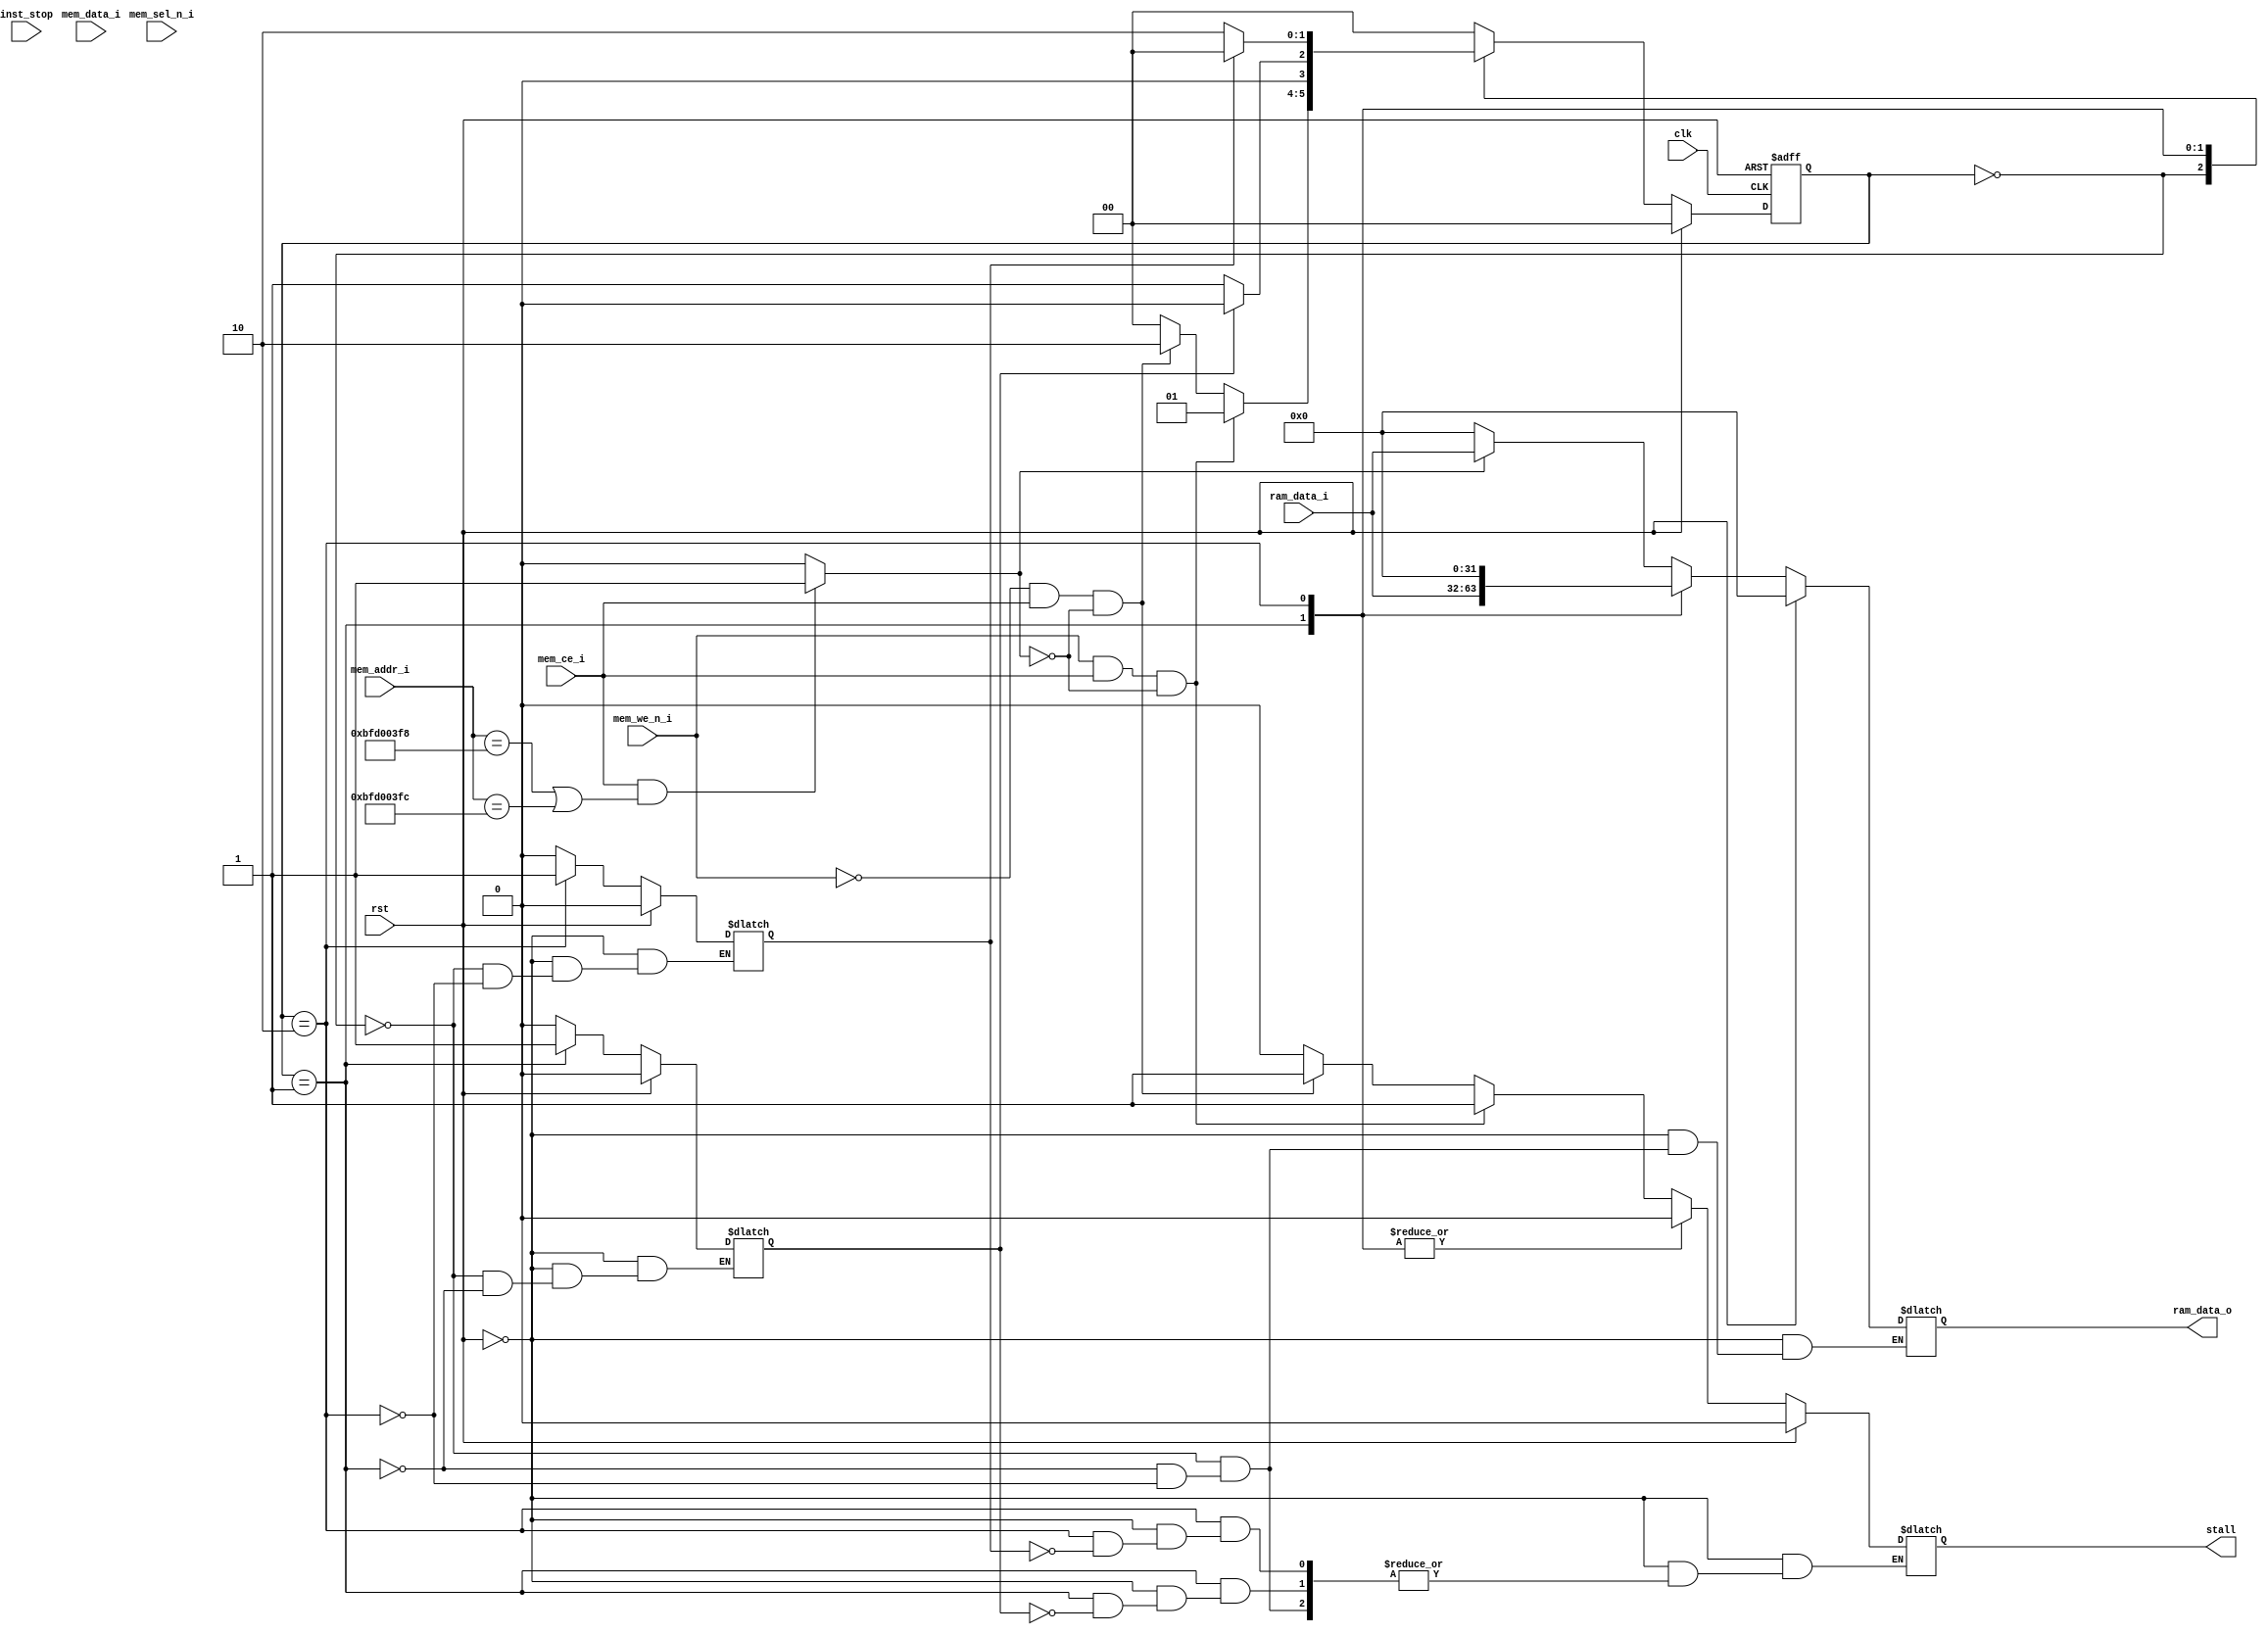
//  
// : dcache
// : 1.0
//////////////////////////////////////////////////////////////////////
`define ZeroWord 32'h00000000

module dcache(
    //
    input wire clk,
    input wire rst,
//cpu
//mem
    output   reg[31:0]   ram_data_o,        //
    input    wire[31:0]  mem_addr_i,        //
    input    wire[31:0]  mem_data_i,        //
    input    wire        mem_we_n_i,          //
    input    wire[3:0]   mem_sel_n_i,         //
    input    wire        mem_ce_i,          //

    input    wire        inst_stop,
    
    output   reg         stall,
//sram
    input     wire[31:0] ram_data_i        //

);
//dcache
//
//
//sram
//(
//cachesram


//cache32*321K=128B
//2,cache5
//basesram4MB22
//tag 23-5-2=16
//valid 1
parameter Cache_Num = 32;
parameter Tag = 16;
parameter Cache_Index = 5;
parameter Block_Offset = 2;
 reg[31:0] cache_mem[0:Cache_Num-1];//cache memory
 reg[Tag-1:0] cache_tag[0:Cache_Num-1];//cache tag
 reg[3:0]     cache_valid[Cache_Num-1:0] ;//cache valid
 //reg[Cache_Num-1:0]        cache_dirty;//

//
parameter IDLE=0;//
parameter READ_SRAM=1;
parameter WRITE_SRAM=2;

reg[1:0] state,next_state;

always@(posedge clk,posedge rst)begin
    if(rst)begin
        state<=IDLE;
    end else begin
        state<=next_state;
    end
end
//
wire uart_req = (mem_ce_i & ((mem_addr_i == 32'hbfd003f8)|(mem_addr_i == 32'hbfd003fc)))?1'b1:1'b0;

//read
//hit()
wire [Tag-1:0] ram_tag_i = mem_addr_i[22:7];//ram tag
wire [Cache_Index-1:0]  ram_cache_i = mem_addr_i[6:2];//ram cache block addr


//wire hit =(mem_we_n_i)&&(state==IDLE)?(cache_valid[ram_cache_i]==~mem_sel_n_i)&&(cache_tag[ram_cache_i]==ram_tag_i)&&mem_ce_i:1'b0;//tagvalid=1
wire hit = 1'b0;
//wire[31:0] data = cache_mem[ram_cache_i];
//writebuffer
reg[31:0]cache_wb;
reg cache_wb_vaild;


//
//reg sram_ready;
//wire wr_en;
//wire[63:0] wb_data;
//wire[63:0]dout;
//wire rd_en = sram_ready;
//wire full;
//wire empty;

//fifo_generator_0 writebuffer (
//  .clk(clk),      // input wire clk
//  .srst(rst),    // input wire srst
//  .din(wb_data),      // input wire [63 : 0] din
//  .wr_en(wr_en),  // input wire wr_en
//  .rd_en(rd_en),  // input wire rd_en
//  .dout(dout),    // output wire [63 : 0] dout
//  .full(full),    // output wire full
//  .empty(empty)  // output wire empty
//);



//reg[31:0]  mem_addr_i_r;       //
//reg[31:0]  mem_data_i_r;        //
//reg mem_we_n_i_r;          //
//reg[3:0]   mem_sel_n_i_r;         //
//reg        mem_ce_i_r;          //
//reg [Tag-1:0] ram_tag_i_r;
//reg [Cache_Index-1:0]  ram_cache_i_r;

reg finish_read;
reg finish_write;

integer i;
reg[63:0] wb_data_r;
always@(*)begin
    if(rst)begin
        for(i=0 ; i < 32 ; i=i+1)begin
                    cache_mem[i] = 32'b0;
                    cache_tag[i] = 16'b0;
                    cache_valid[i] = 4'b0;
                end  
        finish_read = 1'b0;
        finish_write = 1'b0;
        ram_data_o = `ZeroWord;       //
    end else begin
        case(state)
        IDLE:begin
            finish_read = 1'b0;
            finish_write = 1'b0;
            //cache
            if(hit&&!uart_req)begin
                ram_data_o = cache_mem[ram_cache_i];
            end else if(uart_req)begin
                ram_data_o = ram_data_i;                
            end else begin
                ram_data_o = 32'b0;
            end
            //cache
            
        end
        READ_SRAM: begin      
            //sram 
            ram_data_o = ram_data_i;       // 
            finish_read = 1'b1;         
            //cache
 //           if(!uart_req)begin         
            cache_mem[ram_cache_i] = ram_data_i;
            cache_valid[ram_cache_i] = ~mem_sel_n_i;
            cache_tag[ram_cache_i] = ram_tag_i;//cache tag
  //          end else begin end
        end
        WRITE_SRAM:begin    
            //SRAM
            ram_data_o = 32'b0;           
            finish_write = 1'b1;   
            //cache
   //         if(!uart_req)begin
                if(cache_valid[ram_cache_i]!=~mem_sel_n_i&&cache_valid[ram_cache_i]!=4'b0)begin
                case(mem_sel_n_i)
                    4'b0000:begin 
                        cache_mem[ram_cache_i] =  mem_data_i;
                        cache_valid[ram_cache_i] = 4'b1111;
                     end
                    4'b1110:begin
                        cache_mem[ram_cache_i][7:0] = mem_data_i[7:0];
                        cache_valid[ram_cache_i][0] = 1'b1;
                    end
                    4'b1101:begin
                        cache_mem[ram_cache_i][15:8] = mem_data_i[15:8];
                        cache_valid[ram_cache_i][1] = 1'b1;
                    end
                    4'b1011:begin
                        cache_mem[ram_cache_i][23:16] = mem_data_i[23:16];
                        cache_valid[ram_cache_i][2] = 1'b1;
                    end
                    4'b0111:begin
                        cache_mem[ram_cache_i][31:24] = mem_data_i[31:24];
                        cache_valid[ram_cache_i][3] = 1'b1;
                    end
                   default:begin
                        cache_mem[ram_cache_i] = mem_data_i;
                        cache_valid[ram_cache_i][0] = 4'b0000;
                   end
                 endcase
             end else begin
                    cache_mem[ram_cache_i] = mem_data_i;
                    cache_valid[ram_cache_i] = ~mem_sel_n_i;
             end
                 cache_tag[ram_cache_i] = ram_tag_i;//cache tag
   //         end else begin end
            
        end
        default:begin end
        endcase
    end
end

always@(*)begin
    if(rst)begin
        stall = 1'b0;
        next_state=IDLE;
    end else begin
        case(state)
            IDLE:begin
                if(mem_we_n_i&&(hit!=1'b1)&&mem_ce_i&&!uart_req)begin//
                    next_state=READ_SRAM;
                    stall = 1'b1;
                end else if(~mem_we_n_i&&mem_ce_i&&!uart_req) begin//
                    next_state=WRITE_SRAM;
                    stall = 1'b1;
                end else begin
                    next_state=IDLE;
                    stall = 1'b0;
                end
            end
            READ_SRAM:begin
                if(finish_read)begin
                    next_state=IDLE;
                    stall = 1'b0;
                    end
                else begin
                    next_state=READ_SRAM;  
                 end 
             end
            WRITE_SRAM:begin
                if(finish_write)begin
                    next_state=IDLE;
                    stall = 1'b0;
                    end
                else begin
                    next_state=WRITE_SRAM;
                end
             end
            default:next_state=IDLE;
        endcase
    end
end
endmodule